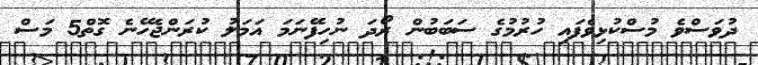
ދުވަސްވެ މުސްކުޅިވެފައި ހުރުމުގެ ސަބަބުން ރޯދަ ނުހިފޭނަމަ އަމަލު ކުރަންޖެހޭނެ ގޮތް5 މަސް